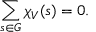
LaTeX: \sum _ { s \in G } \chi _ { V } ( s ) = 0 .